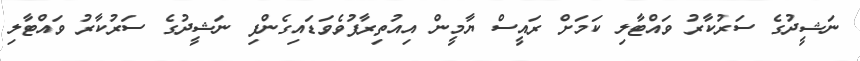
ނަޝީދުގެ ސަރުކާރު ވައްޓާލި ކަމަށް ރައީސް ޔާމީން އިއުތިރާފުވެވަޑައިގެންފި ނަޝީދުގެ ސަރުކާރު ވައްޓާލި